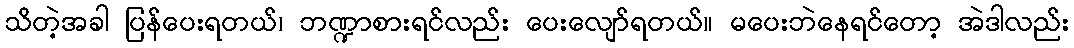
သိတဲ့အခါ ပြန်ပေးရတယ်၊ ဘဏ္ဍာစားရင်လည်း ပေးလျော်ရတယ်။ မပေးဘဲနေရင်တော့ အဲဒါလည်း